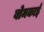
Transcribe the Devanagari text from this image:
बोमकाई